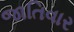
જાતિવાર